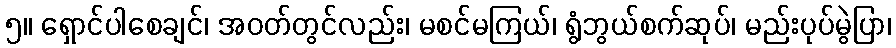
၅။ ရှောင်ပါစေချင်၊ အဝတ်တွင်လည်း၊ မစင်မကြယ်၊ ရွံဘွယ်စက်ဆုပ်၊ မည်းပုပ်မွဲပြာ၊